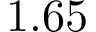
1 . 6 5